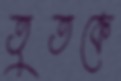
তুতকে